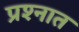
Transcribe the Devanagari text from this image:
प्रश्‍नात